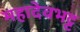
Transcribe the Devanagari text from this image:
महादेवभट्ट